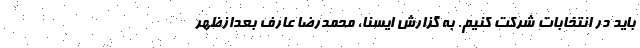
باید در انتخابات شرکت کنیم. به گزارش ایسنا، محمدرضا عارف بعدازظهر